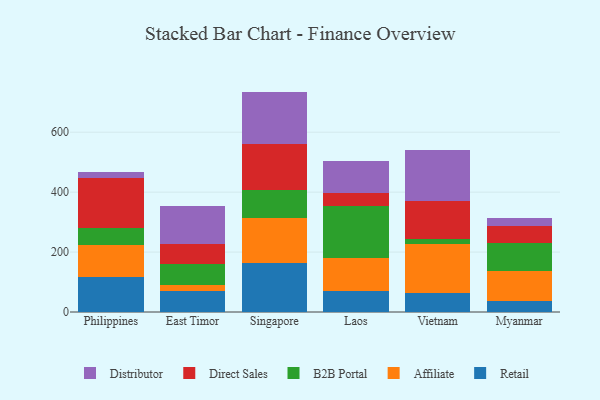
{"axis": {"x": "Country", "y": "LTV (USD)"}, "legend": ["Affiliate", "B2B Portal", "Direct Sales", "Distributor", "Retail"], "data": [{"x": "Philippines", "y": 116.2, "type": "Retail"}, {"x": "Philippines", "y": 107.7, "type": "Affiliate"}, {"x": "Philippines", "y": 57.1, "type": "B2B Portal"}, {"x": "Philippines", "y": 167.1, "type": "Direct Sales"}, {"x": "Philippines", "y": 19.8, "type": "Distributor"}, {"x": "East Timor", "y": 71.7, "type": "Retail"}, {"x": "East Timor", "y": 17.6, "type": "Affiliate"}, {"x": "East Timor", "y": 72.1, "type": "B2B Portal"}, {"x": "East Timor", "y": 66.1, "type": "Direct Sales"}, {"x": "East Timor", "y": 125.0, "type": "Distributor"}, {"x": "Singapore", "y": 164.7, "type": "Retail"}, {"x": "Singapore", "y": 147.6, "type": "Affiliate"}, {"x": "Singapore", "y": 94.4, "type": "B2B Portal"}, {"x": "Singapore", "y": 155.6, "type": "Direct Sales"}, {"x": "Singapore", "y": 173.3, "type": "Distributor"}, {"x": "Laos", "y": 69.0, "type": "Retail"}, {"x": "Laos", "y": 112.0, "type": "Affiliate"}, {"x": "Laos", "y": 173.3, "type": "B2B Portal"}, {"x": "Laos", "y": 42.9, "type": "Direct Sales"}, {"x": "Laos", "y": 105.9, "type": "Distributor"}, {"x": "Vietnam", "y": 62.6, "type": "Retail"}, {"x": "Vietnam", "y": 164.7, "type": "Affiliate"}, {"x": "Vietnam", "y": 14.8, "type": "B2B Portal"}, {"x": "Vietnam", "y": 128.6, "type": "Direct Sales"}, {"x": "Vietnam", "y": 170.8, "type": "Distributor"}, {"x": "Myanmar", "y": 35.4, "type": "Retail"}, {"x": "Myanmar", "y": 102.9, "type": "Affiliate"}, {"x": "Myanmar", "y": 92.8, "type": "B2B Portal"}, {"x": "Myanmar", "y": 55.9, "type": "Direct Sales"}, {"x": "Myanmar", "y": 26.3, "type": "Distributor"}]}